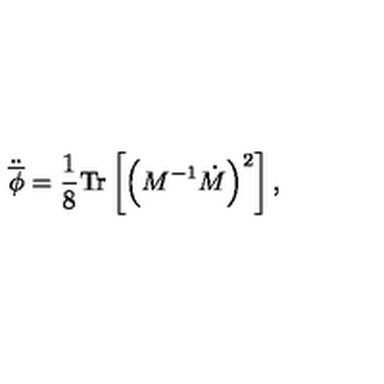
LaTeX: \ddot { \overline { { \phi } } } = \frac { 1 } { 8 } \mathrm { T r } \left[ \left( M ^ { - 1 } \dot { M } \right) ^ { 2 } \right] ,